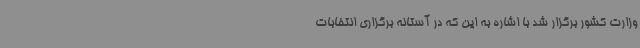
وزارت کشور برگزار شد با اشاره به این که در آستانه برگزاری انتخابات